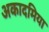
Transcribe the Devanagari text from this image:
अकादमिया